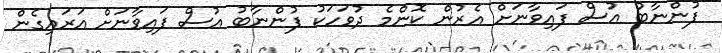
ފުންނާބު އުސް ފައިވާނަށް އެރުން ކޮންމެ ދުވަހަކު ފުންނާބު އުސް ފައިވާނަށް އަރައިގެން